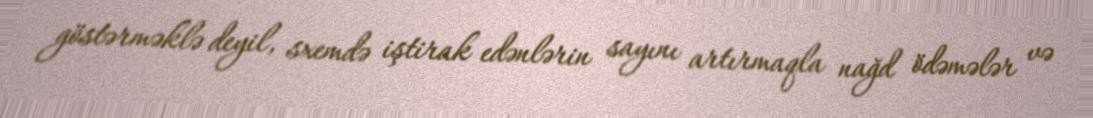
göstərməklə deyil, sxemdə iştirak edənlərin sayını artırmaqla nağd ödəmələr və